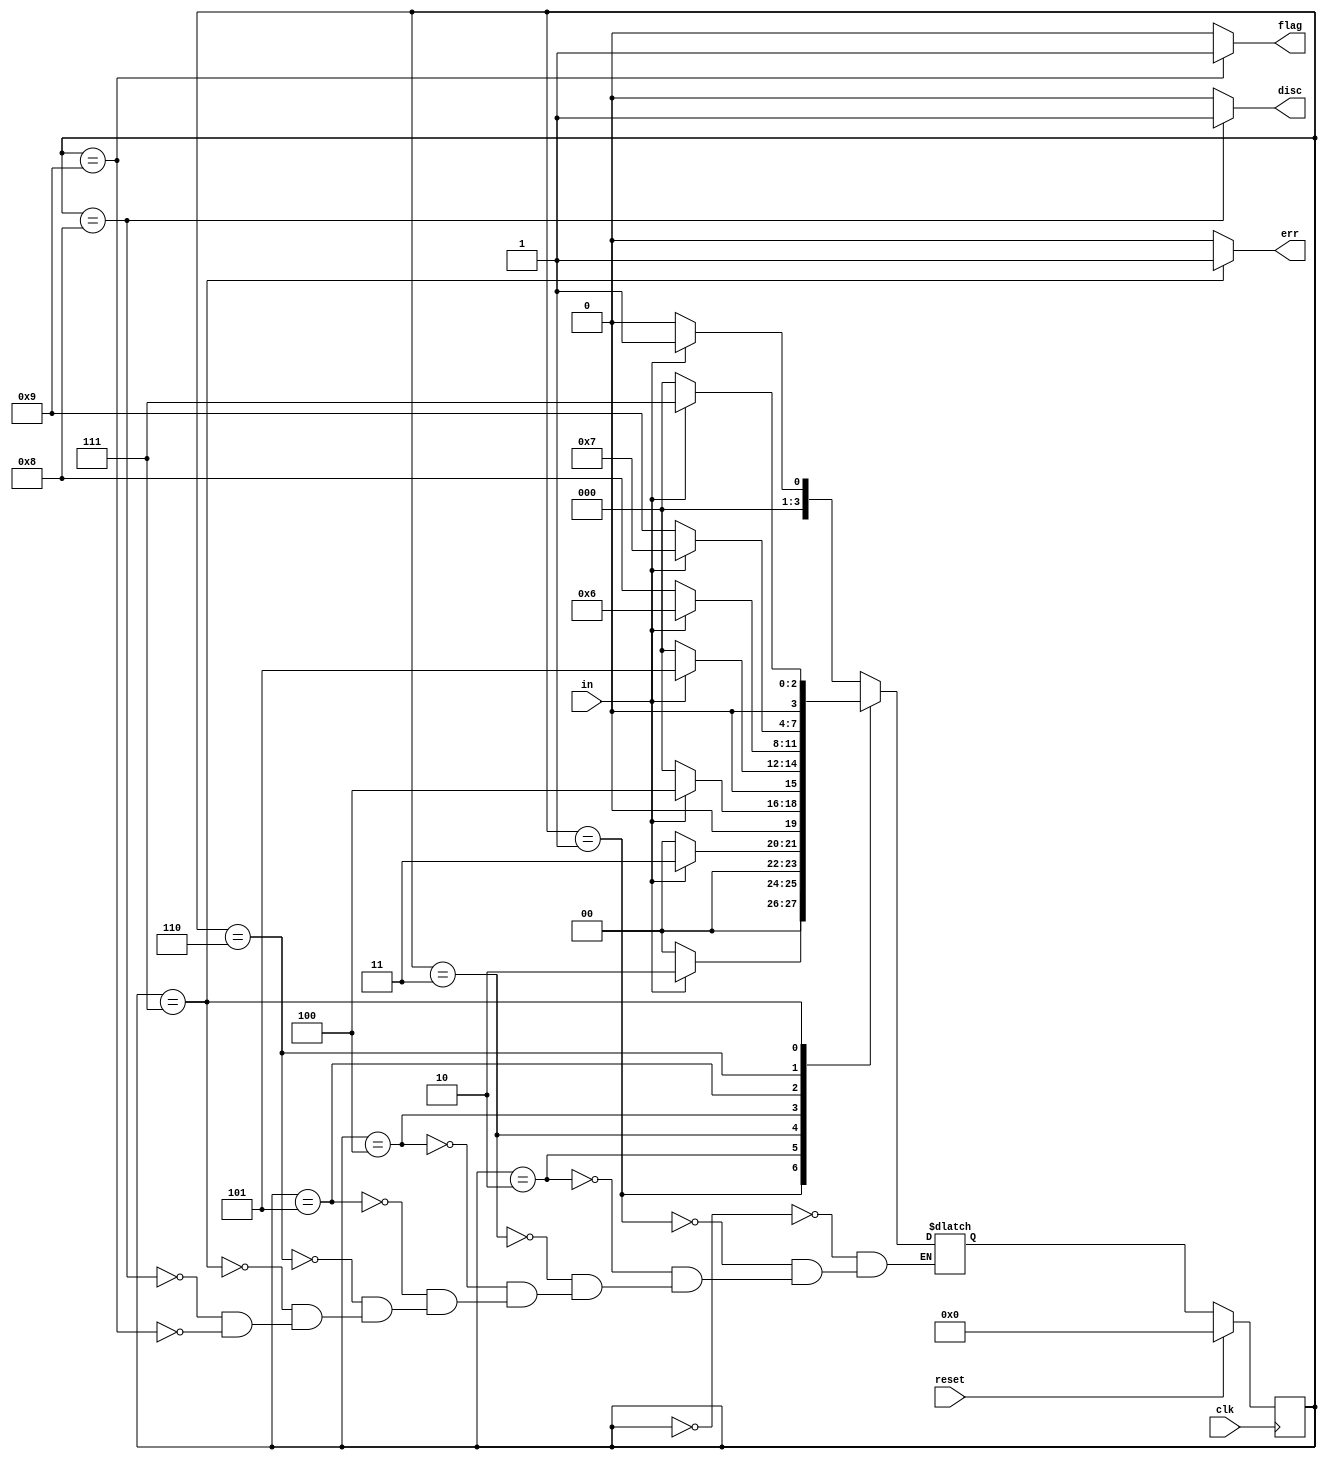
module top_module(
    input clk,
    input reset,    // Synchronous reset
    input in,
    output disc,
    output flag,
    output err
);
    
    parameter S0 = 4'h0, S1 = 4'h1, S2 = 4'h2, S3 = 4'h3, S4 = 4'h4, S5 = 4'h5, S6 = 4'h6, S7 = 4'h7, S8 = 4'h8, S9 = 4'h9;
    
    reg [3:0] state, next_state;
    
    always @(*) begin
        case (state)
            S0: next_state = (in == 1'b1 ? S1 : S0);
            S1: next_state = (in == 1'b1 ? S2 : S0);
            S2: next_state = (in == 1'b1 ? S3 : S0);
            S3: next_state = (in == 1'b1 ? S4 : S0);
            S4: next_state = (in == 1'b1 ? S5 : S0);
            S5: next_state = (in == 1'b1 ? S6 : S8);
            S6: next_state = (in == 1'b1 ? S7 : S9);
            S7: next_state = (in == 1'b1 ? S7 : S0);
            S8: next_state = (in == 1'b1 ? S1 : S0);
            S9: next_state = (in == 1'b1 ? S1 : S0);
        endcase
    end
    
    always @(posedge clk) begin
        state <= (reset == 1'b1 ? S0 : next_state);
    end
    
    assign disc = (state == S8 ? 1'b1 : 1'b0);
    assign flag = (state == S9 ? 1'b1 : 1'b0);
    assign err  = (state == S7 ? 1'b1 : 1'b0);

endmodule